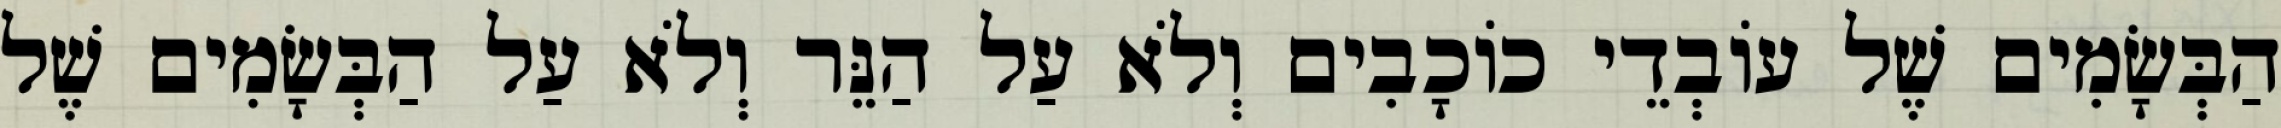
הַבְּשָׂמִים שֶׁל עוֹבְדֵי כוֹכָבִים וְלֹא עַל הַנֵּר וְלֹא עַל הַבְּשָׂמִים שֶׁל